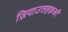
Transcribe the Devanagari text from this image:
ज़ियाउलहक़की